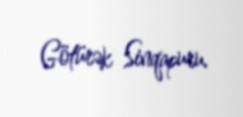
Götürək Sinqapuru.